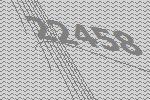
22458